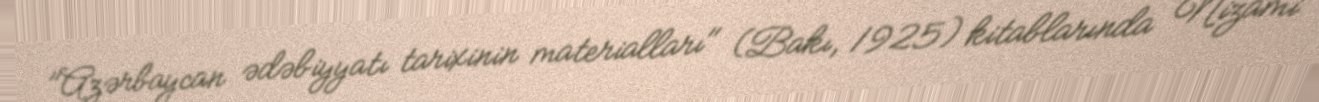
"Azərbaycan ədəbiyyatı tarixinin materialları" (Bakı, 1925) kitablarında Nizami